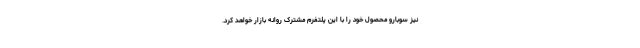
نیز سوبارو محصول خود را با این پلتفرم مشترک روانه بازار خواهد کرد.